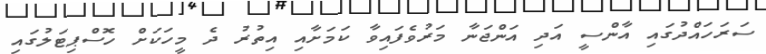
ސަރަހައްދުގައި އާންސީ އަދި އަންޖަނާ މަރުވެފައިވާ ކަމަށާއި އިތުރު ދެ މީހަކަށް ހޮސްޕިޓަލުގައި